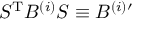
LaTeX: S ^ { \mathrm { T } } B ^ { ( i ) } S \equiv B ^ { ( i ) \prime }